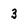
Character: 3